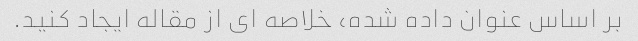
بر اساس عنوان داده شده، خلاصه ای از مقاله ایجاد کنید.